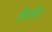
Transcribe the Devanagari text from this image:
तेल्लेर